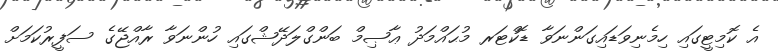
އެ ކޮމިޓީގައި ހިމެނިވަޑައިގަންނަވާ ޑޮކްޓަރ މުޙައްމަދު ޢާޞިމް ބަންގްލަދޭޝްގައި ހުންނަވާ ރާއްޖޭގެ ސަފީރުކަމަށް